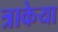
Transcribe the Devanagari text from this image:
त्राकेया